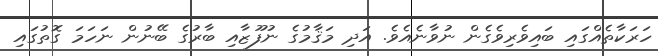
ހަރަކާތެއްގައި ބައިވެރިވެގެން ނުވާނެއެވެ. އަދި މަޤާމުގެ ނުފޫޒާއި ބާރުގެ ބޭނުން ނަހަމަ ގޮތުގައި